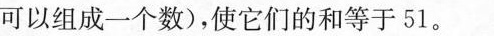
可以组成一个数)，使它们的和等于51。